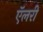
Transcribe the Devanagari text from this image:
ऍलरी